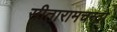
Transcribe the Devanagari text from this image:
सीतारामचन्द्रो